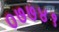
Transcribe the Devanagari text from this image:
०७७४१